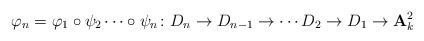
LaTeX: \begin{align*}\varphi_{n}=\varphi_{1}\circ\psi_{2}\cdots\circ\psi_{n} \colon D_{n}\to D_{n-1}\to\cdots D_{2}\to D_{1}\to{\mathbf{A}}_{k}^{2}\end{align*}